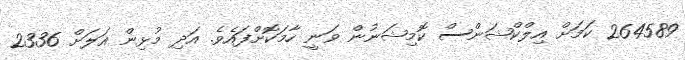
264589 ކަމަށް އިލްކްޝަންސް ކޮމިޝަނުން ވަނީ ހާމަކޮށްފައެވެ. އަދި މުޅިން އަލަށް 2336